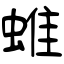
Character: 蜼